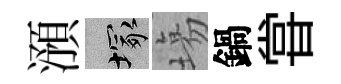
澦塚塲鍋甞